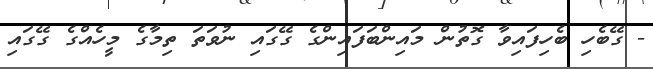
- ގޭބެހި ބެހިފައިވާ ގޮތުން މައިންބަފައިންގެ ގޭގައި ނުވަތަ ތިމާގެ މީހެއްގެ ގޭގައި